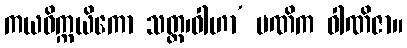
ကယဝိက္ကယိကော သတ္ထ၊ဝါဟာ’ ပဏိက ဝါဏိဇာ။